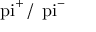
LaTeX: \mathrm { \ p i } ^ { + } \, / \, \mathrm { \ p i } ^ { - }